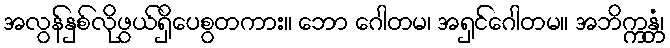
အလွန်နှစ်လိုဖွယ်ရှိပေစွတကား။ ဘော ဂေါတမ၊ အရှင်ဂေါတမ။ အဘိက္ကန္တံ၊